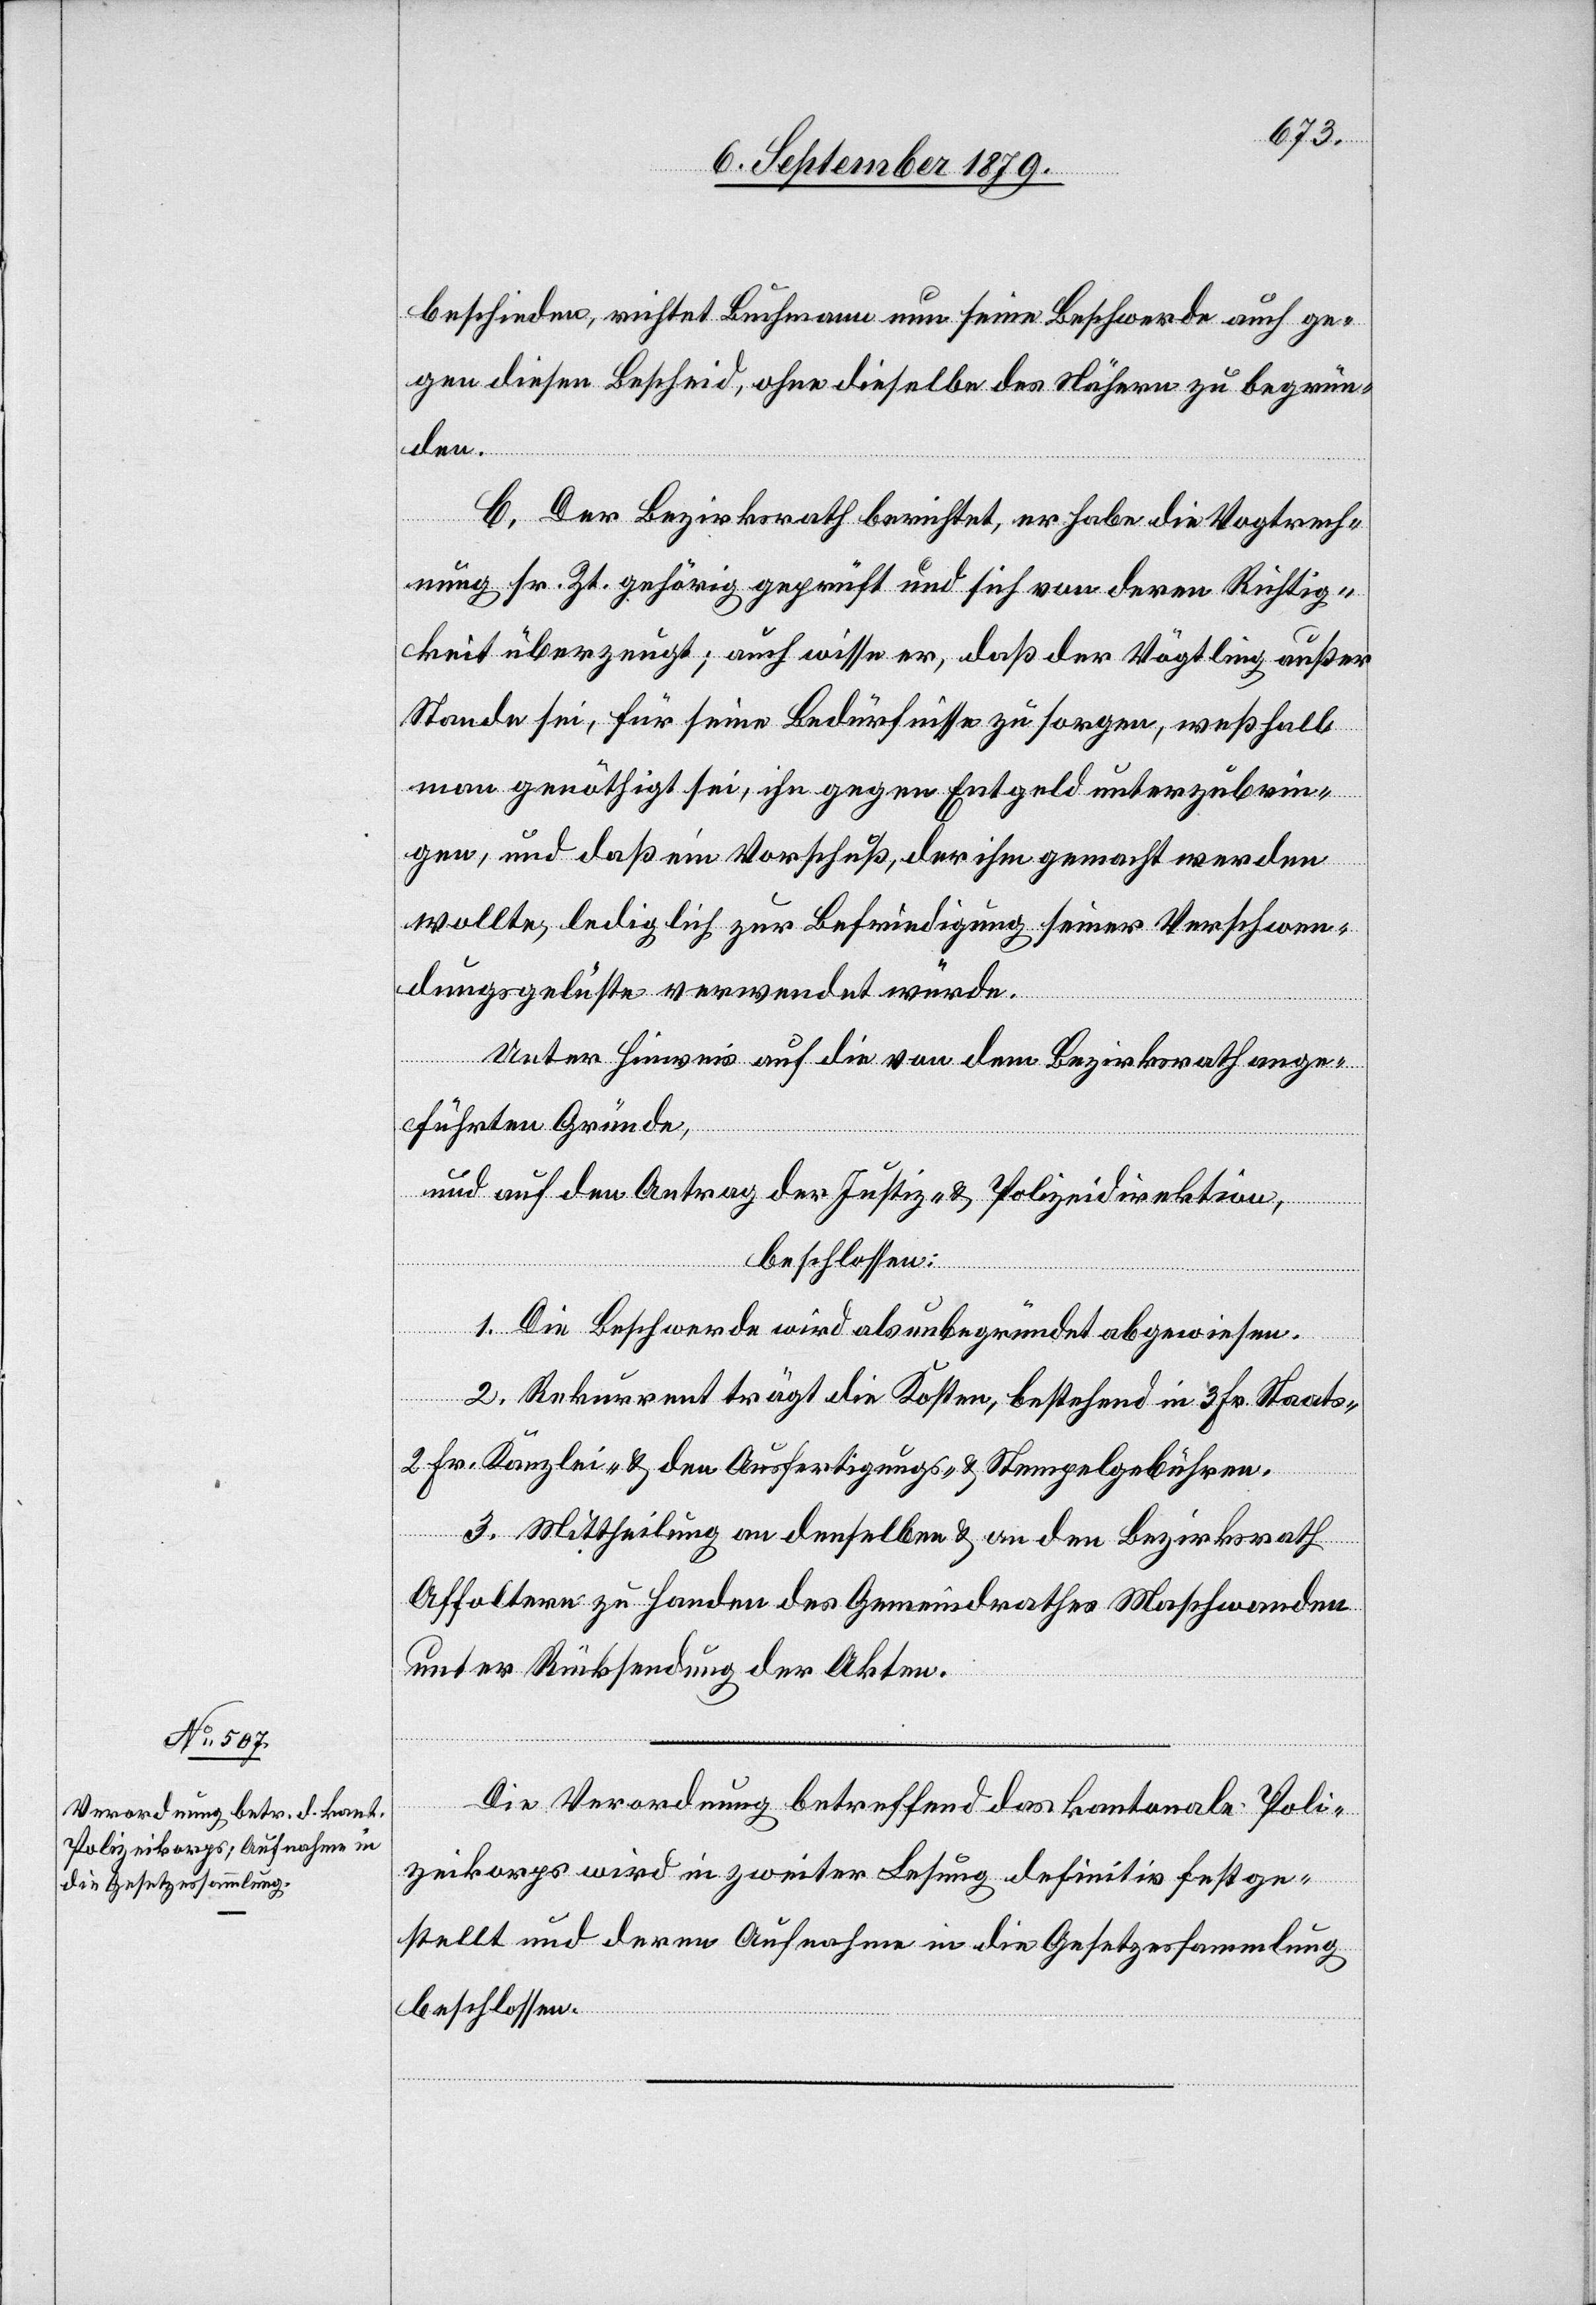
beschieden, richtet Buchmann nun seine Beschwerde auch ge¬
gen diesen Bescheid, ohne dieselbe des Nähern zu begrün¬
den.
C. Der Bezirksrath berichtet, er habe die Vogtrech¬
nung sr. Zt. gehörig geprüft und sich von deren Richtig¬
keit überzeugt; auch wisse er, daß der Vögtling außer
Stande sei, für seine Bedürfnisse zu sorgen, weßhalb
man genöthigt sei, ihn gegen Entgeld unterzubrin¬
gen, und daß ein Vorschuß, der ihm gemacht werden
wollte, lediglich zur Befriedigung seiner Verschwen¬
dungsgelüste verwendet würde.
Unter Hinweis auf die von dem Bezirksrath ange¬
führten Gründe,
und auf den Antrag der Justiz- & Polizeidirektion,
beschlossen:
1. Die Beschwerde wird als unbegründet abgewiesen.
2. Rekurrent trägt die Kosten, bestehend in 3 Fr. Staats-[,]
2 Fr. Kanzlei- & den Ausfertigungs- & Stempelgebühren.
3. Mittheilung an denselben & an den Bezirksrath
Affoltern zu Handen des Gemeindrathes Maschwanden
unter Rücksendung der Akten.
Die Verordnung betreffend das kantonale Poli¬
zeikorps wird in zweiter Lesung definitiv festge¬
stellt und deren Aufnahme in die Gesetzessammlung
beschlossen.